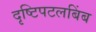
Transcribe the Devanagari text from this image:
दृष्टिपटलबिंब